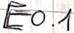
Text: E0.1